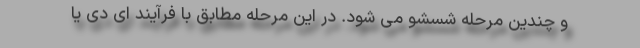
و چندین مرحله شسشو می شود. در این مرحله مطابق با فرآیند ای دی یا